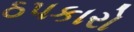
ઠપકારો